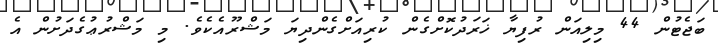
ބަޖެޓުން 44 މިލިއަން ރުފިޔާ ޚަރަދުކޮށްގެން ކުރިއަށްގެންދިޔަ މަޝްރޫއެކެވެ. މި މަޝްރުޢުގެދަށުން އެ